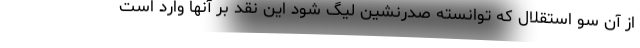
از آن سو استقلال که توانسته صدرنشین لیگ شود این نقد بر آنها وارد است